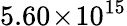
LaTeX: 5.60\! \times\! 10^{15}